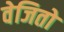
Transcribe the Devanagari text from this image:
वेजितो